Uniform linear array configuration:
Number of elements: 16
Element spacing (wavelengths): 0.25
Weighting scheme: hamming
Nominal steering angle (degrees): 45
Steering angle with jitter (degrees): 46.816
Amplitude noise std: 0.05
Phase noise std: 0.05

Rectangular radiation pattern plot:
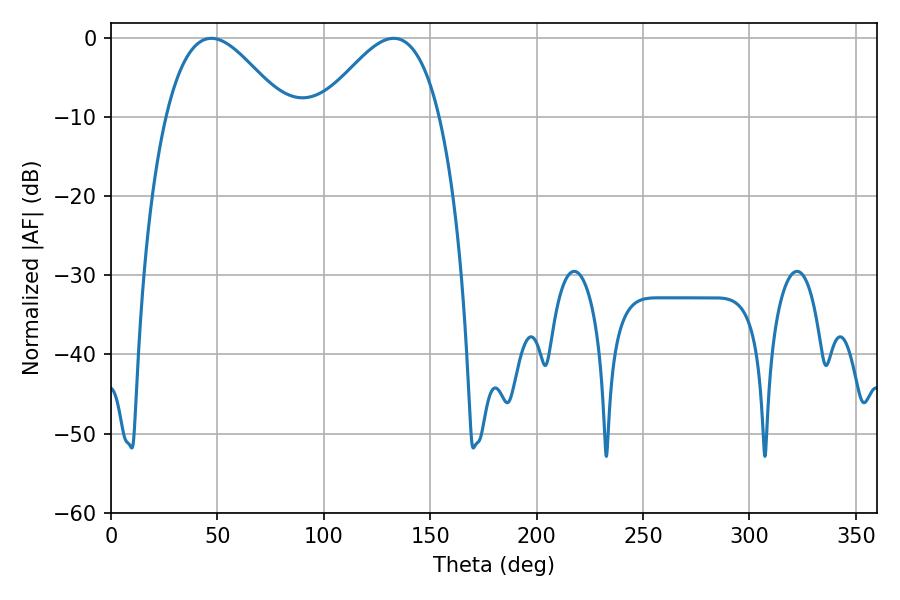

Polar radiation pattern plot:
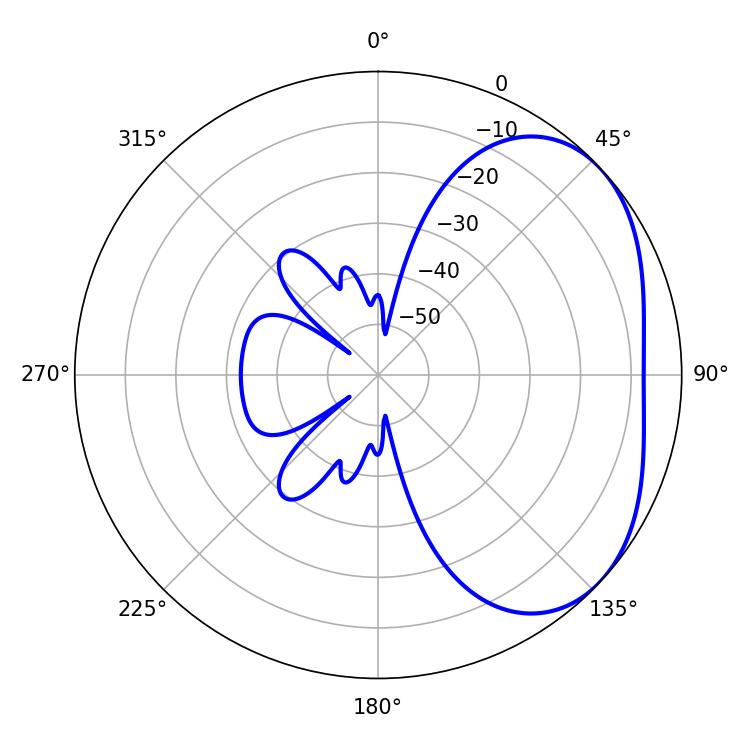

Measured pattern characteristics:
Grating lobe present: FALSE
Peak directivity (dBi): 3.404
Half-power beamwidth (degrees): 30.24
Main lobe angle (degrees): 47.16